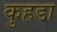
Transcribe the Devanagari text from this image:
कुहडा